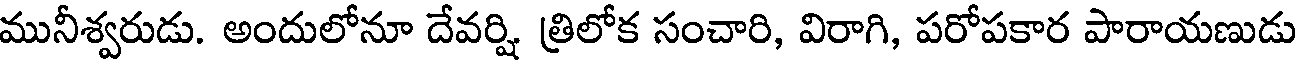
మునీశ్వరుడు. అందులోనూ దేవర్షి త్రిలోక సంచారి, విరాగి, పరోపకార పారాయణుడు